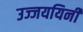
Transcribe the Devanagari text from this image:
उज्जययिनी